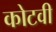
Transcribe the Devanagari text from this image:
कोटवी